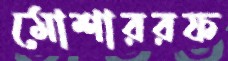
মোশাররফ